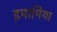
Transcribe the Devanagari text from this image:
इमामिया